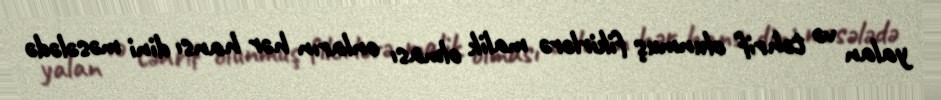
yalan və təhrif olunmuş fikirlərə malik olması onların hər hansı dini məsələdə